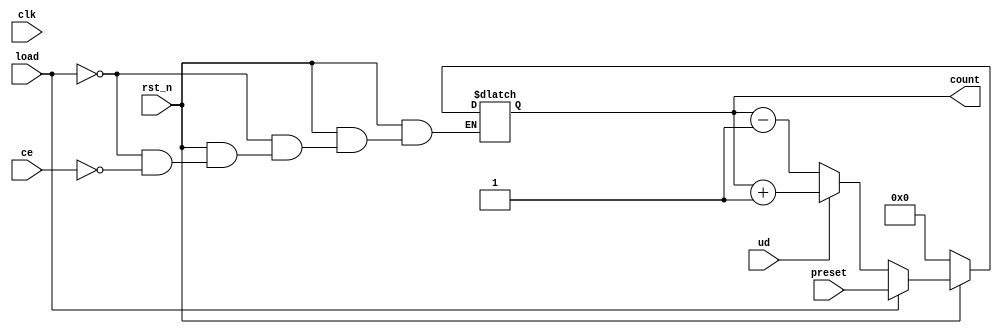
module async_load_counter (
    input wire clk,          // Clock signal
    input wire rst_n,       // Active-low asynchronous reset
    input wire load,        // Asynchronous load signal
    input wire ce,          // Count enable signal
    input wire ud,          // Up/Down control signal
    input wire [3:0] preset, // 4-bit preset value
    output reg [3:0] count   // 4-bit counter output
);

// Asynchronous reset
always @(*) begin
    if (!rst_n) begin
        count = 4'b0000; // Reset counter to 0
    end else if (load) begin
        count = preset; // Load preset value asynchronously
    end else if (ce) begin
        if (ud) begin
            count = count + 1; // Count up
        end else begin
            count = count - 1; // Count down
        end
    end
end

endmodule